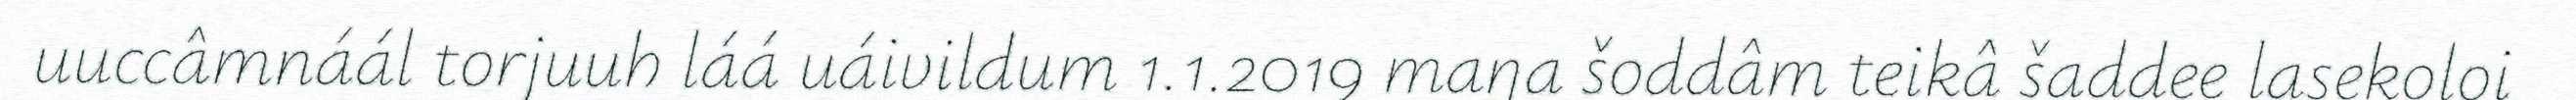
uuccâmnáál torjuuh láá uáivildum 1.1.2019 maŋa šoddâm teikâ šaddee lasekoloi